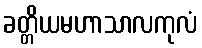
ခတ္တိယမဟာသာလကုလံ